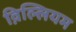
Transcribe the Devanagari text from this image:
व़िल्लियम